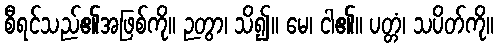
စီရင်သည်၏အဖြစ်ကို။ ဉတွာ၊ သိ၍။ မေ၊ ငါ၏။ ပတ္တံ၊ သပိတ်ကို။